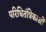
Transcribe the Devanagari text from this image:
परिधितंत्रिकाओं